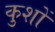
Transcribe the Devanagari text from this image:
कुशों